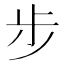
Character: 步